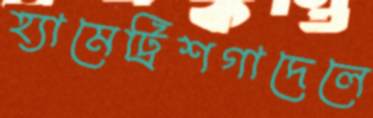
হ্যামেট্রিশগাদেলে